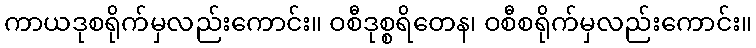
ကာယဒုစရိုက်မှလည်းကောင်း။ ဝစီဒုစ္စရိတေန၊ ဝစီစရိုက်မှလည်းကောင်း။